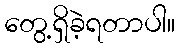
တွေ့ရှိခဲ့ရတာပါ။